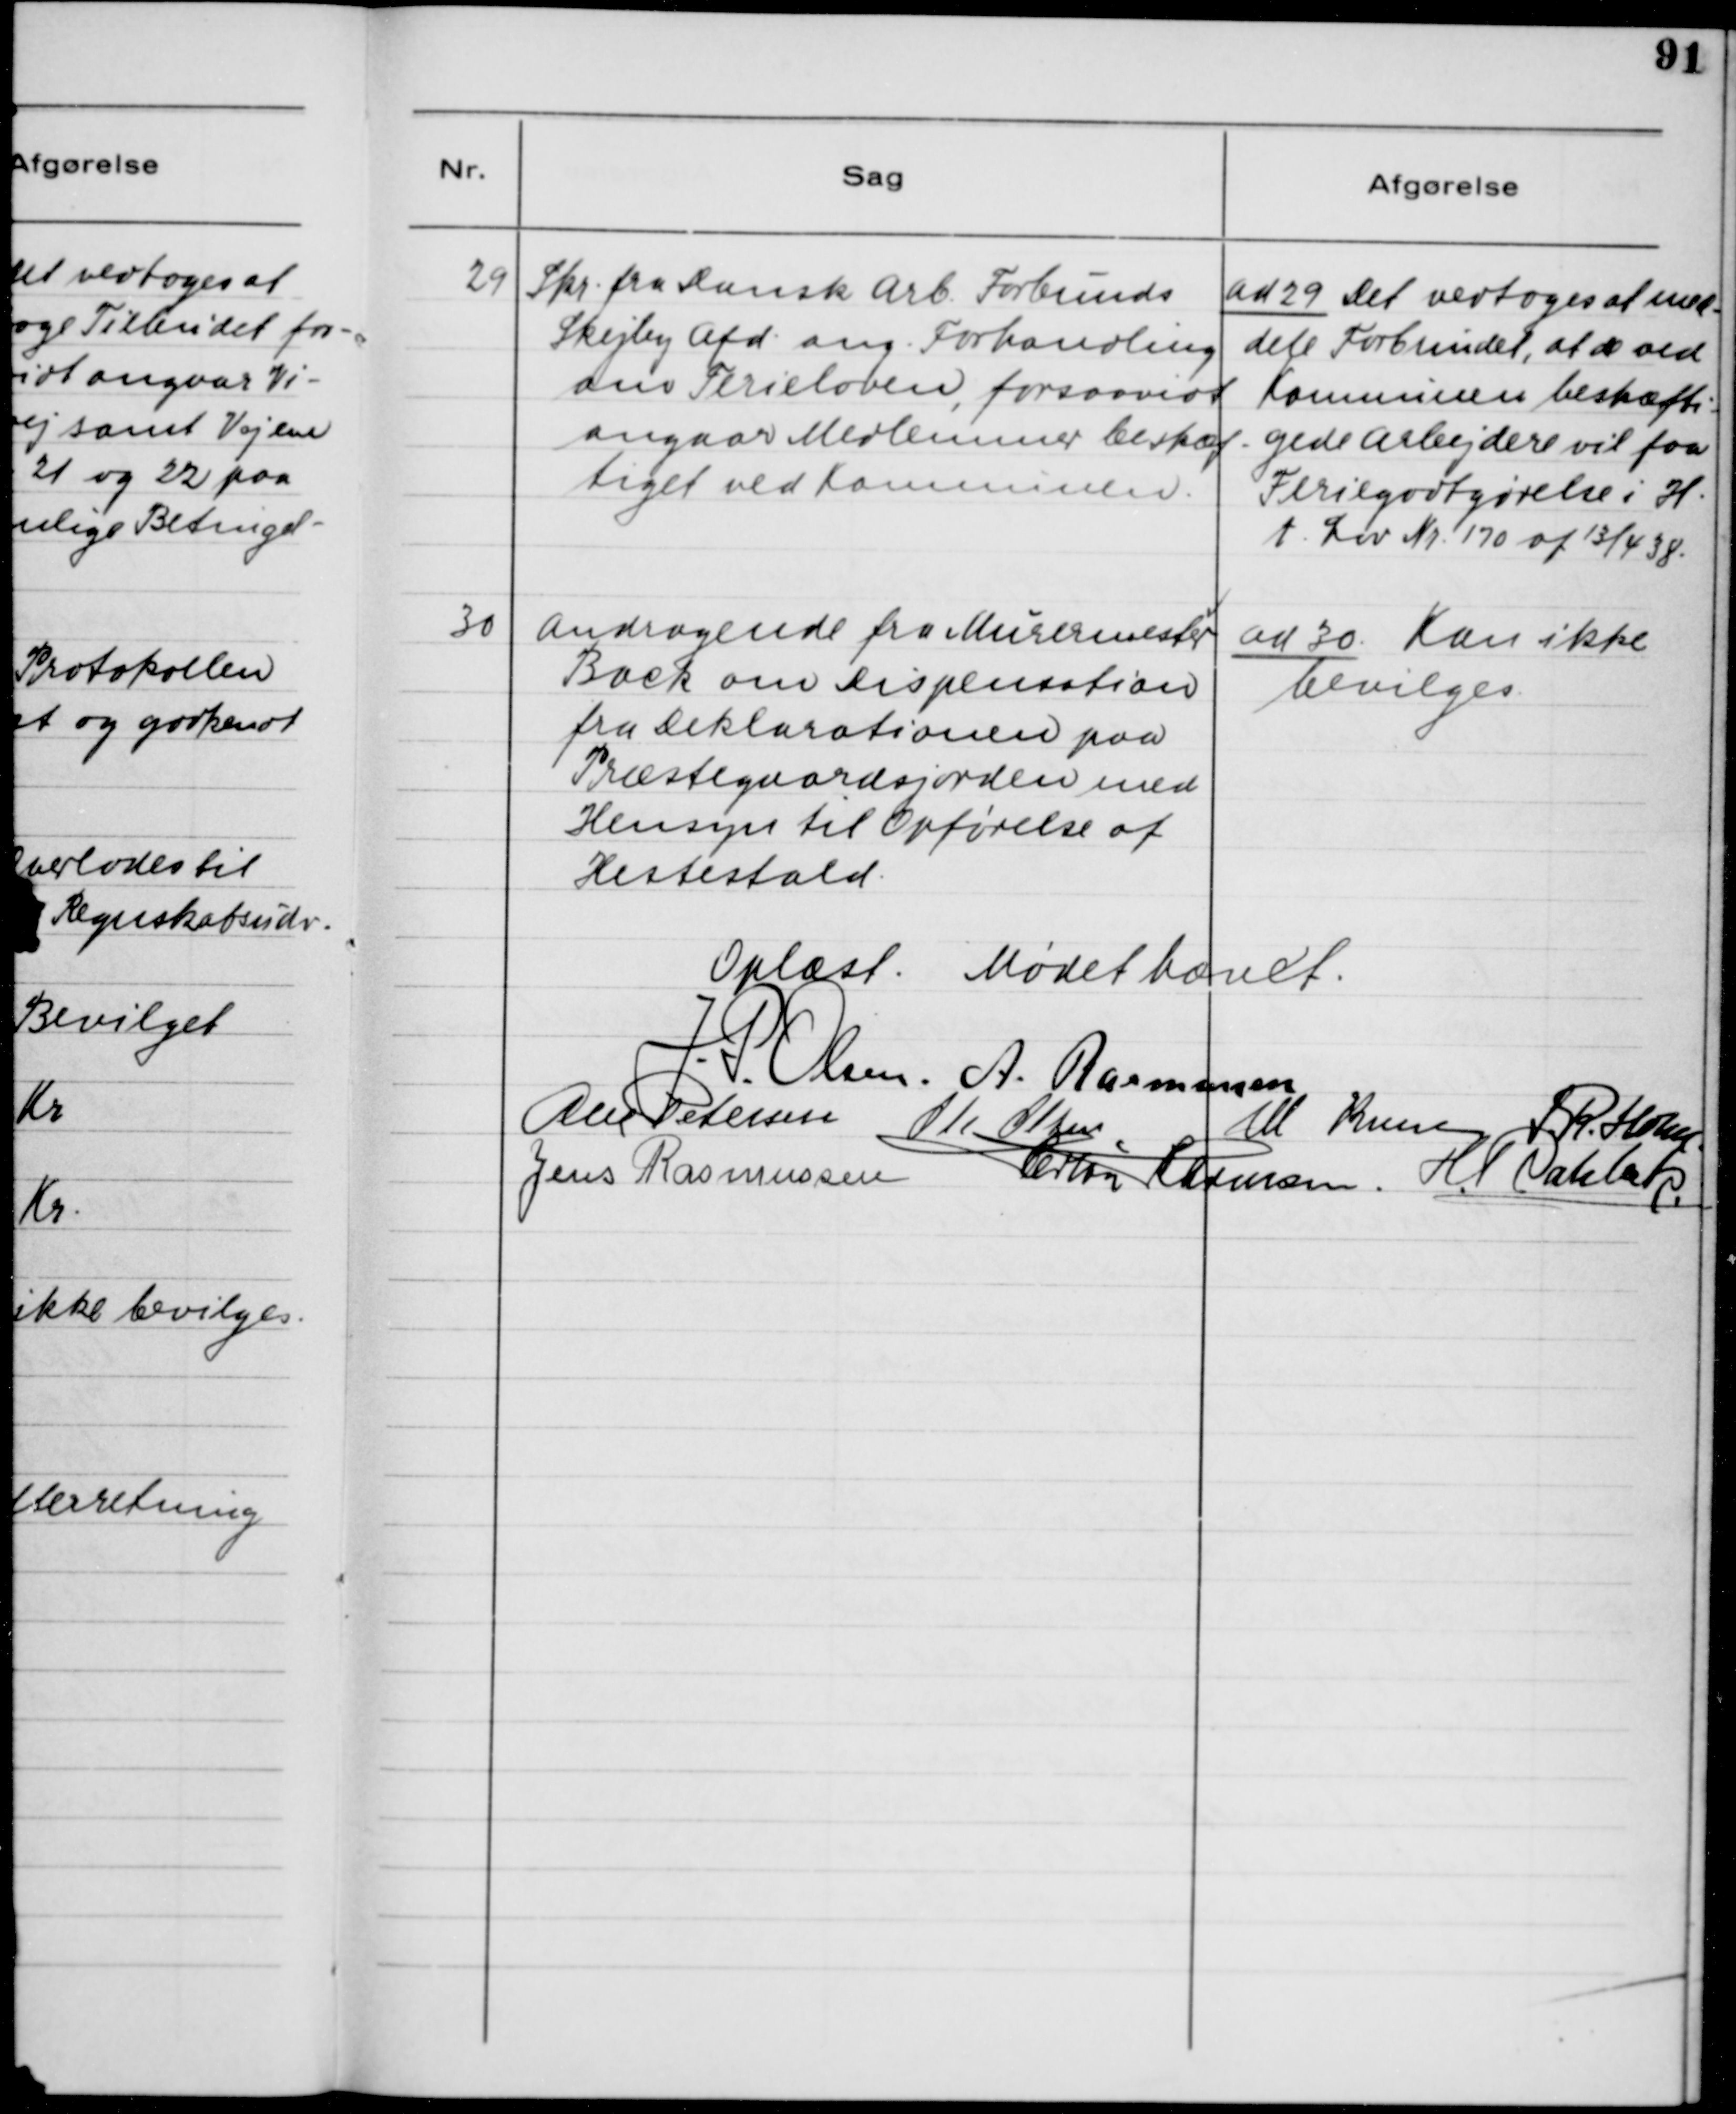
Transskription:
29. Skr. fra Dansk Arb. Forbunds
Skejby Afd. ang. Forhandling
om Ferieloven, forsaavidt
angaar Medlemmer beskæf-
tiget ved Kommunen.

ad 29. Det vedtoges at med-
dele Forbundet, at de ved
Kommunen beskæfti-
gede Arbejdere vil faa
Feriegodtgørelse i H.
t. Lov Nr. 170 af 13/4 38.

30. Andragende fra Murermester
Back om Dispensation
fra Deklarationen paa
Præstegaardsjorden med
Hensyn til Opførelse af
Hestestald.

ad 30. Kan ikke
bevilges.

Oplæst. Mødet hævet.